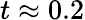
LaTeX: t\approx 0.2